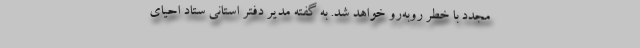
مجدد با خطر روبه‌رو خواهد شد. به گفته مدیر دفتر استانی ستاد احیای